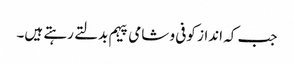
جب کہ انداز کوفی و شامی پیہم بدلتے رہتے ہیں۔